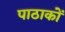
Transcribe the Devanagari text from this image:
पाठाकों